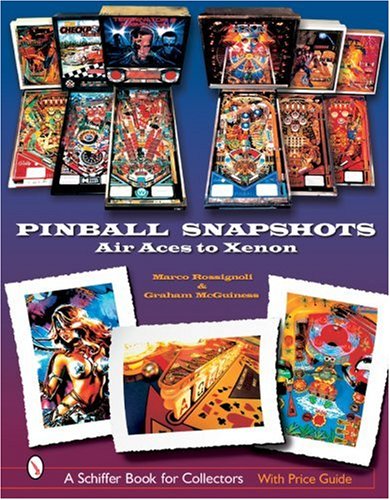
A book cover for Pinball Snapshots: Air Aces to Xenon; Marco Rossignoli; Crafts, Hobbies & Home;